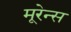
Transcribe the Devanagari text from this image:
मूरेन्स